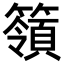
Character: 𥵝